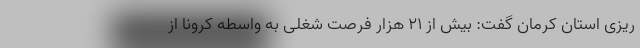
ریزی استان کرمان گفت: بیش از ۲۱ هزار فرصت شغلی به واسطه کرونا از